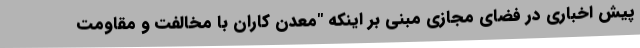
پیش اخباری در فضای مجازی مبنی بر اینکه "معدن کاران با مخالفت و مقاومت